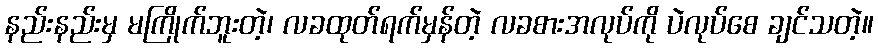
နည်းနည်းမှ မကြိုက်ဘူးတဲ့၊ လခထုတ်ရက်မှန်တဲ့ လခစားအလုပ်ကို ပဲလုပ်စေ ချင်သတဲ့။